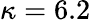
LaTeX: \kappa=6.2